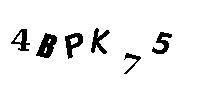
4BPK75